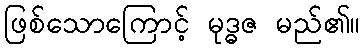
ဖြစ်သောကြောင့် မုဒ္ဓဇ မည်၏။